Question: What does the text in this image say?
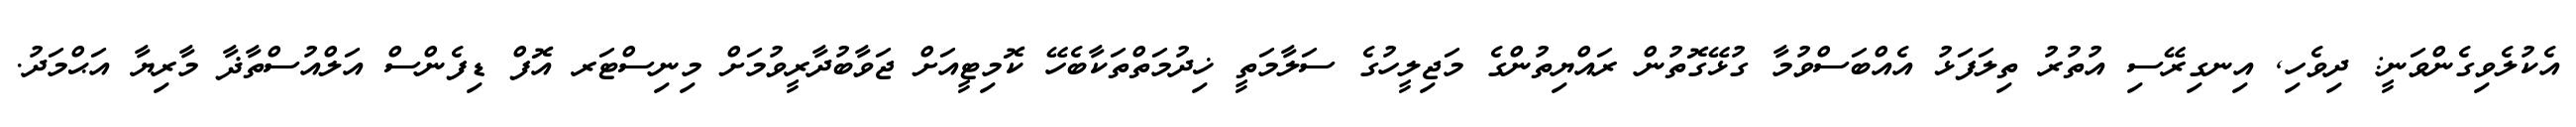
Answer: އެކުލެވިގެންވަނީ: ދިވެހި, އިނގިރޭސި އުތުރު ތިލަފަޅު އެއްބަސްވުމާ ގުޅޭގޮތުން ރައްޔިތުންގެ މަޖިލީހުގެ ސަލާމަތީ ޚިދުމަތްތަކާބެހޭ ކޮމިޓީއަށް ޖަވާބުދާރީވުމަށް މިނިސްޓަރ އޮފް ޑިފެންސް އަލްއުސްތާޛާ މާރިޔާ އަޙްމަދު.